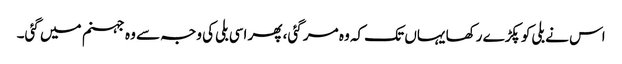
اس نے بلی کو پکڑے رکھا یہاں تک کہ وہ مر گئی، پھر اسی بلی کی وجہ سے وہ جہنم میں گئی۔